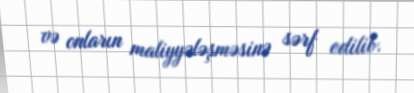
və onların maliyyələşməsinə sərf edilib.